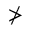
\ngtr